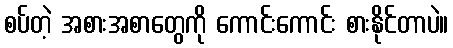
စပ်တဲ့ အစားအစာတွေကို ကောင်းကောင်း စားနိုင်တာပဲ။